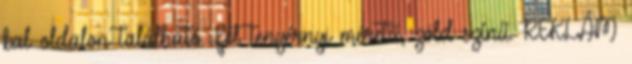
bal oldalon található. Fél tenyérnyi méretű, zöld színű. REKLÁM